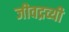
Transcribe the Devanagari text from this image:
जीवद्रव्यी